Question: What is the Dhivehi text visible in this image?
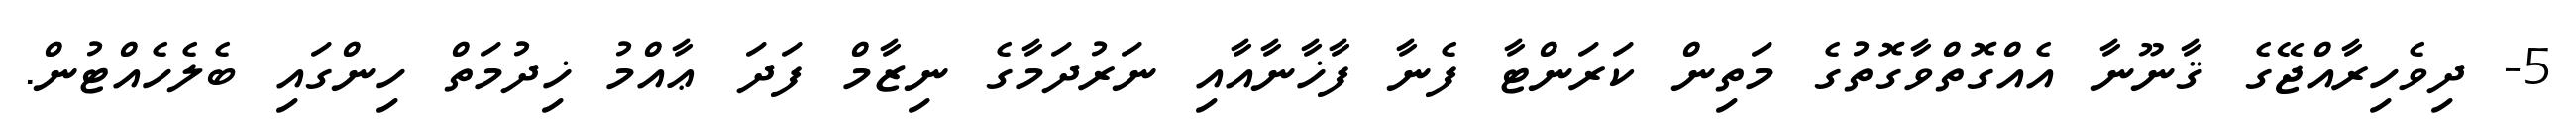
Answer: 5- ދިވެހިރާއްޖޭގެ ޤާނޫނާ އެއްގޮތްވާގޮތުގެ މަތިން ކަރަންޓާ ފެނާ ފާޚާނާއާއި ނަރުދަމާގެ ނިޒާމް ފަދަ ޢާއްމު ޚިދުމަތް ހިންގައި ބެލެހެއްޓުން.